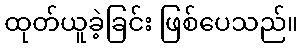
ထုတ်ယူခဲ့ခြင်း ဖြစ်ပေသည်။